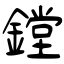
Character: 鏜